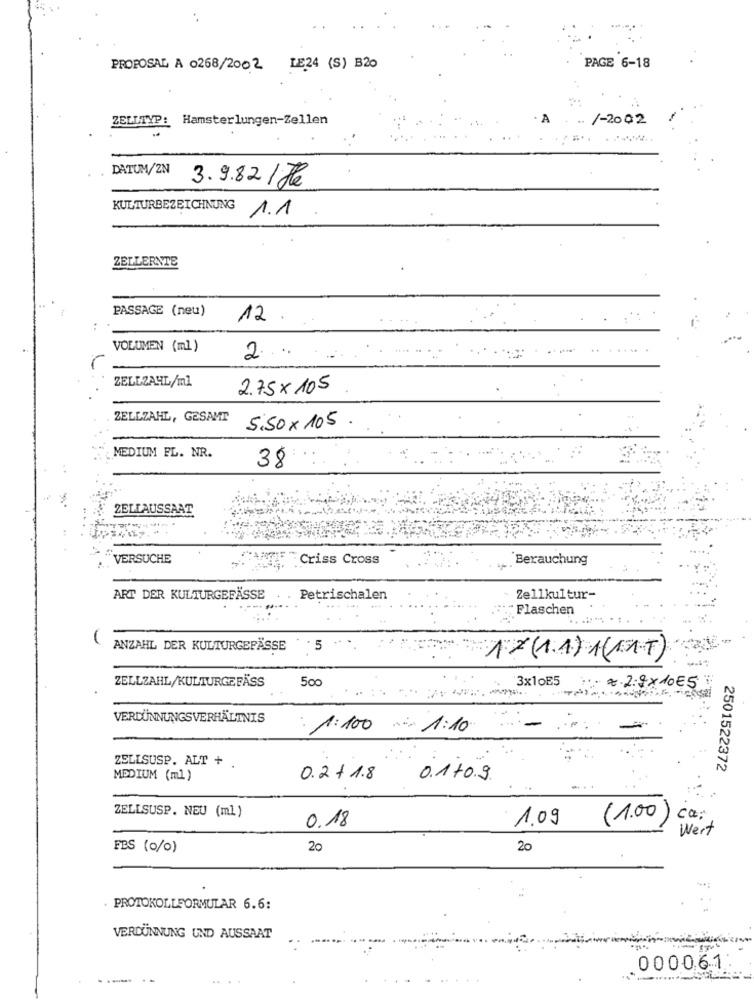
PAGE 6-18
PROPOSAL A 0268/2002 LE24 (S) B20
ZELLTYP: Hamsterlungen-Zellen
. A
/-2002
DATUM/2N
3.9.82 / Je
KULTURBEZEICHNUNG
1.1
ZELLERNTE
PASSAGE (neu)
12
VOLUMEN (ml)
2 ....
ZELLZAHL/ml
2.75x 105
ZELLZAHL, GESAMT
5.50 x 105
MEDIUM FL. NR.
38
ZELLAUSSAA
VERSUCHE
MANGE Criss Cross
Berauchung
ART DER KULTURGEFÄSSE
Petrischalen
Zellkultur-
; Flaschen
ANZAHL DER KULTURGEPÄSSE
: 5
17 (1.1) 1(AT)
ZELLZAHL/KULTURGEFÄSS
500
3x10E5
. 2.2.9 x 10E5
VERDÜNNUNGSVERHÄLTNIS
1:100 1:10
ZELISUSP. ALT + .
2501522372
MEDIUM (ml)
0.2 + 1.8
0.1+0.9
ZELLSUSP. NEU (ml)
1.09
(1.00
ca;
0.18
Wert
FBS (0/0)
20
20
. PROTOKOLLFORMULAR 6.6:
VERDÜNNUNG UND AUSSAAT
000061
..... ..